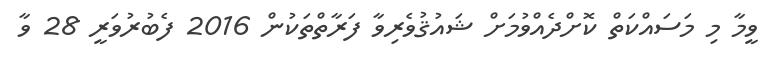
ވީމާ މި މަސައްކަތް ކޮށްދެއްވުމަށް ޝައުޤުވެރިވާ ފަރާތްތަކުން 2016 ފެބުރުވަރީ 28 ވާ